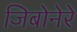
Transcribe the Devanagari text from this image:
जिबोनेरे